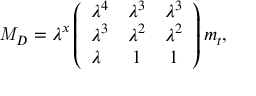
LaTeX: { \it M } _ { D } = \lambda ^ { x } \left( \begin{array} { l c c } { { \lambda ^ { 4 } } } & { { \lambda ^ { 3 } } } & { { \lambda ^ { 3 } } } \\ { { \lambda ^ { 3 } } } & { { \lambda ^ { 2 } } } & { { \lambda ^ { 2 } } } \\ { { \lambda } } & { { 1 } } & { { 1 } } \end{array} \right) m _ { t } ,